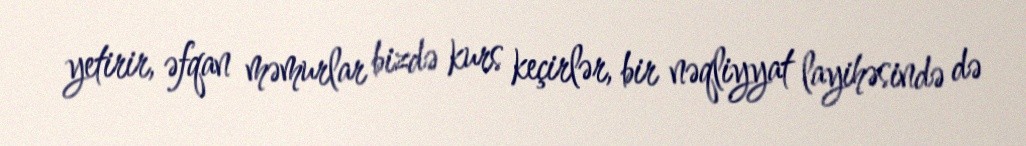
yetirir, əfqan məmurlar bizdə kurs keçirlər, bir nəqliyyat layihəsində də